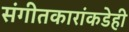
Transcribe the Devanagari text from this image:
संगीतकारांकडेही